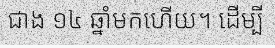
ជាង ១៤ ឆ្នាំមកហើយ។ ដើម្បី